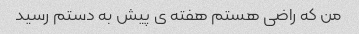
من که راضی هستم هفته ی پیش به دستم رسید